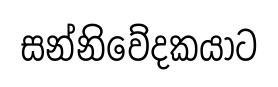
සන්නිවේදකයාට